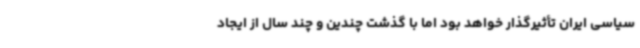
سیاسی ایران تأثیرگذار خواهد بود اما با گذشت چندین و چند سال از ایجاد